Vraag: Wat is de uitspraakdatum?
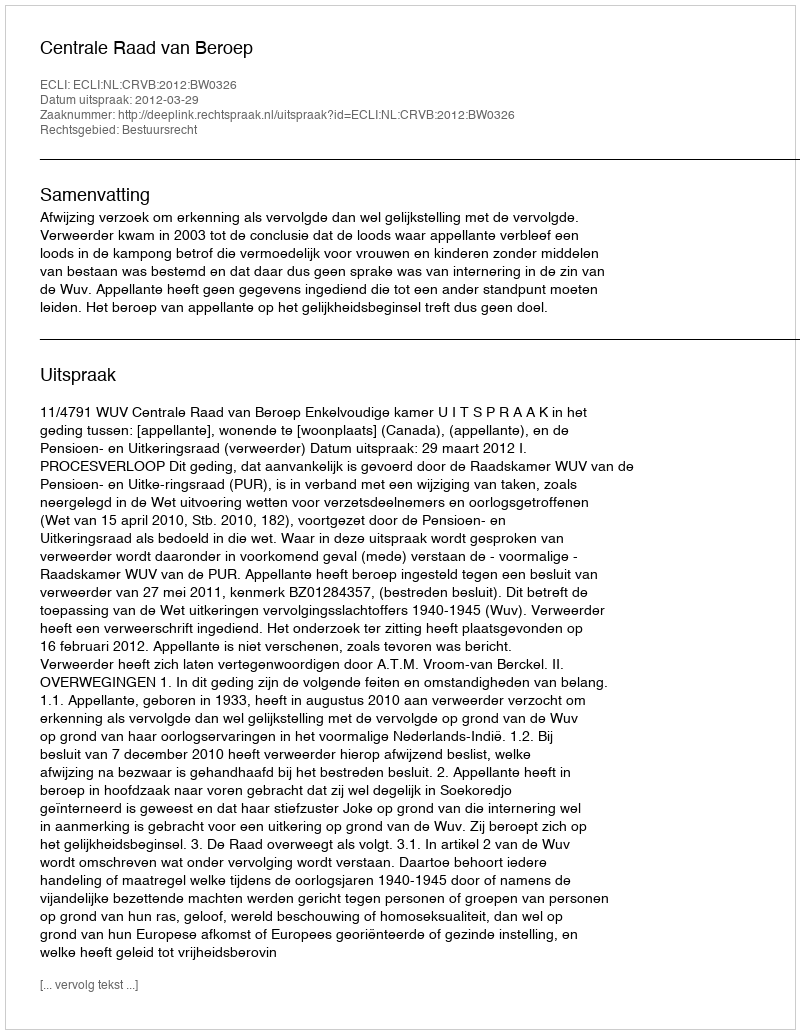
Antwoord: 2012-03-29